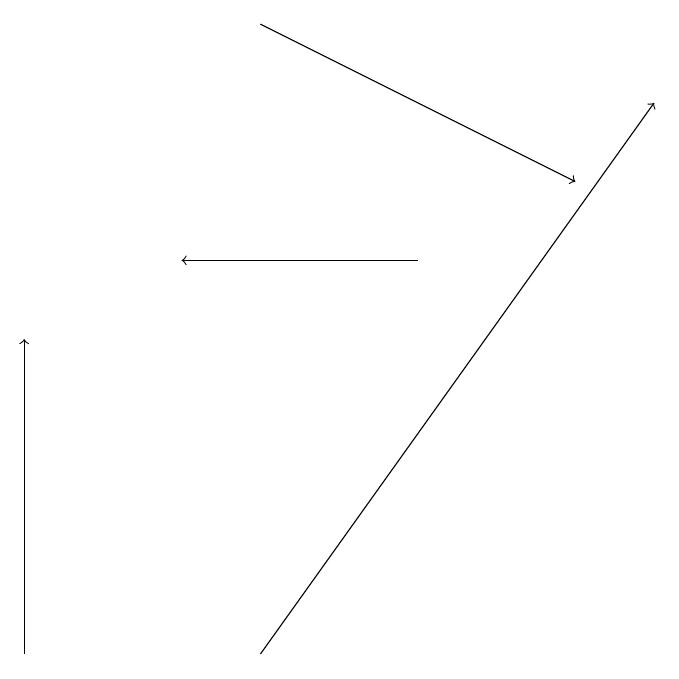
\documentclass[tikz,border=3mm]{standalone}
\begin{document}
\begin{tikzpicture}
\draw[->] (4,10) -- (9,17);
\draw[->] (6,15) -- (3,15);
\draw[->] (4,18) -- (8,16);
\draw[->] (1,10) -- (1,14);
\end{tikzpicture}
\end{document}